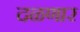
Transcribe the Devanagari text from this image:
दळणार